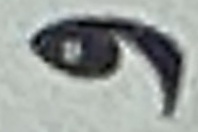
و